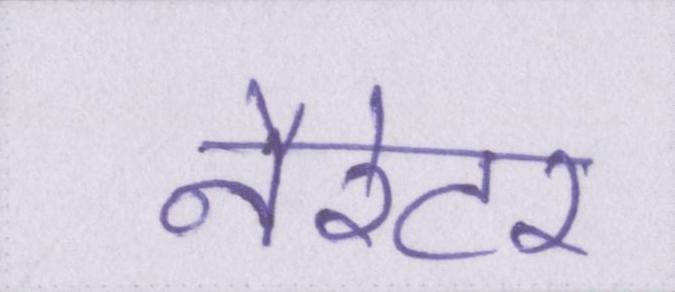
नैरेटर